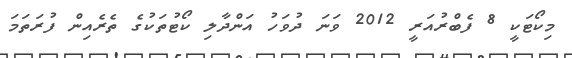
މިކޯޓަކީ 8 ފެބްރުއަރީ 2012 ވަނަ ދުވަހު އަންދާލި ކޯޓުތަކުގެ ތެރެއިން ފުރަތަމަ